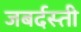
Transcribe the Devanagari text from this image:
जबर्दस्‍ती